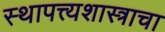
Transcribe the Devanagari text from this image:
स्थापत्त्यशास्त्राचा